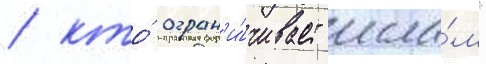
/ кто́ огран'и́чивает исла́м"